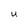
Character: U